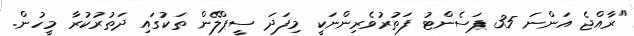
"ރާއްޖެ އަންނަ 35 ޕަސެންޓު ފަތުރުވެރިންނަކީ މިފަދަ ސީޕްލޭން ތަކުގައި ދަތުރުކުރާ މީހުން.